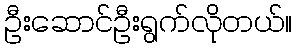
ဦးဆောင်ဦးရွက်လိုတယ်။